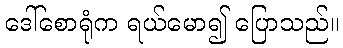
ဒေါ်စောရုံက ရယ်မော၍ ပြောသည်။